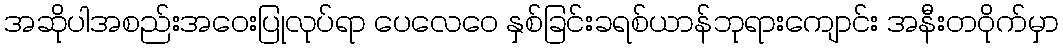
အဆိုပါအစည်းအဝေးပြုလုပ်ရာ ပေလေဝေ နှစ်ခြင်းခရစ်ယာန်ဘုရားကျောင်း အနီးတဝိုက်မှာ